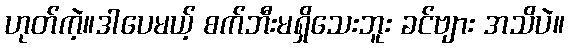
ဟုတ်ကဲ့။ဒါပေမယ့် စက်ဘီးမရှိသေးဘူး ခင်ဗျား အသိပဲ။